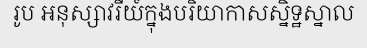
រូប អនុស្សាវរីយ៍ក្នុងបរិយាកាសស្និទ្ឋស្នាល